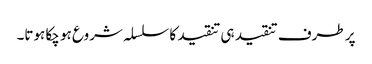
پر طرف تنقید ہی تنقید کا سلسلہ شروع ہو چکا ہوتا۔